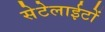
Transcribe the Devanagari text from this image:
सेटेलाईटों